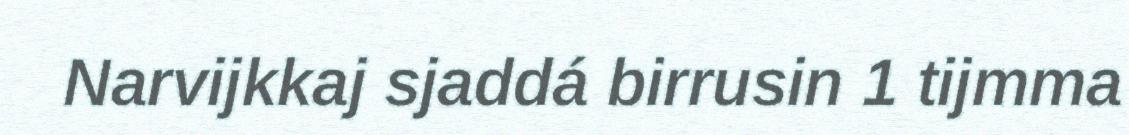
Narvijkkaj sjaddá birrusin 1 tijmma